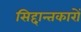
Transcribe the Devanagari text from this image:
सिद्दान्तकारों